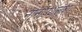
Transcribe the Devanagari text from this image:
नानापथजुषां।